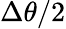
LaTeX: \Delta\theta/2